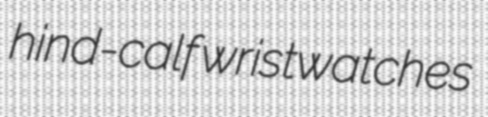
hind-calf wristwatches